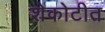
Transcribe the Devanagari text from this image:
शेकोटीत